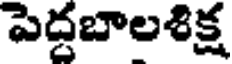
పెద్దబాలశిక్ష